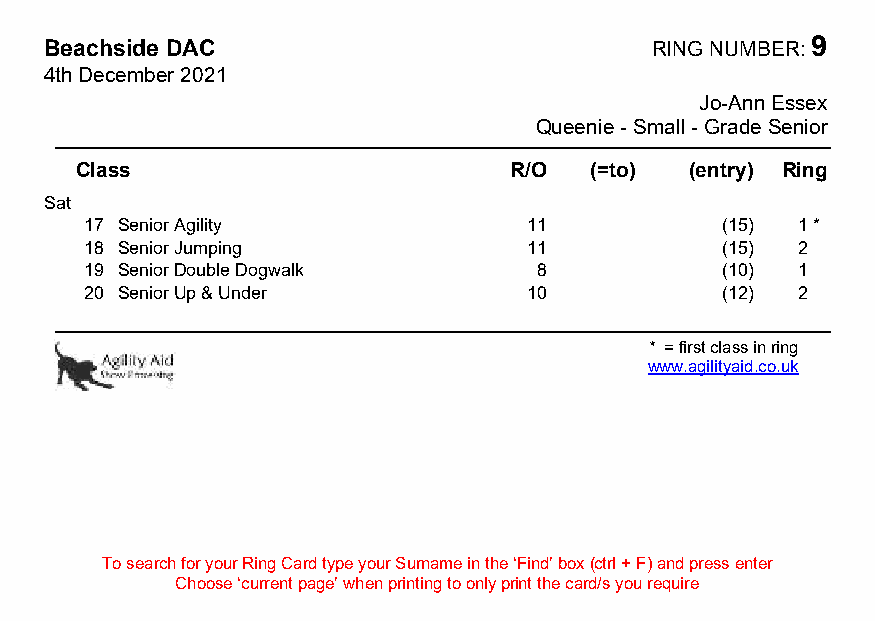
Beachside DAC                           RING NUMBER: 9
 4th December 2021
 Jo-Ann Essex
 Queenie - Small - Grade Senior
 Class                        R/O  (=to)  (entry) Ring
 Sat
 17 Senior Agility            11           (15) 1 *
 18 Senior Jumping            11           (15) 2
 19 Senior Double Dogwalk      8           (10) 1
 20 Senior Up & Under         10           (12) 2
 * = first class in ring
 www.agilityaid.co.uk
 To search for your Ring Card type your Surname in the ‘Find’ box (ctrl + F) and press enter
 Choose ‘current page’ when printing to only print the card/s you require